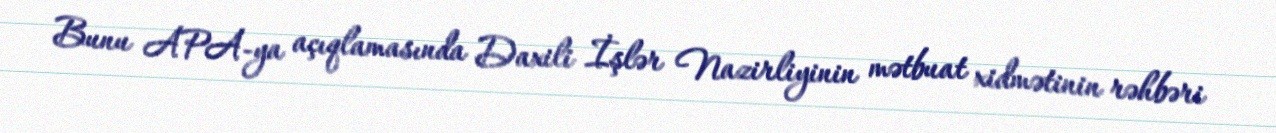
Bunu APA-ya açıqlamasında Daxili İşlər Nazirliyinin mətbuat xidmətinin rəhbəri